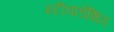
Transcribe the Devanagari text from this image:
स्टीवार्डशिप